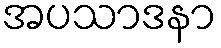
အပသာဒနာ